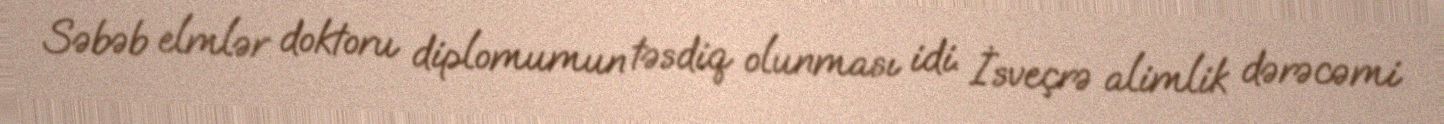
Səbəb elmlər doktoru diplomumun təsdiq olunması idi. İsveçrə alimlik dərəcəmi